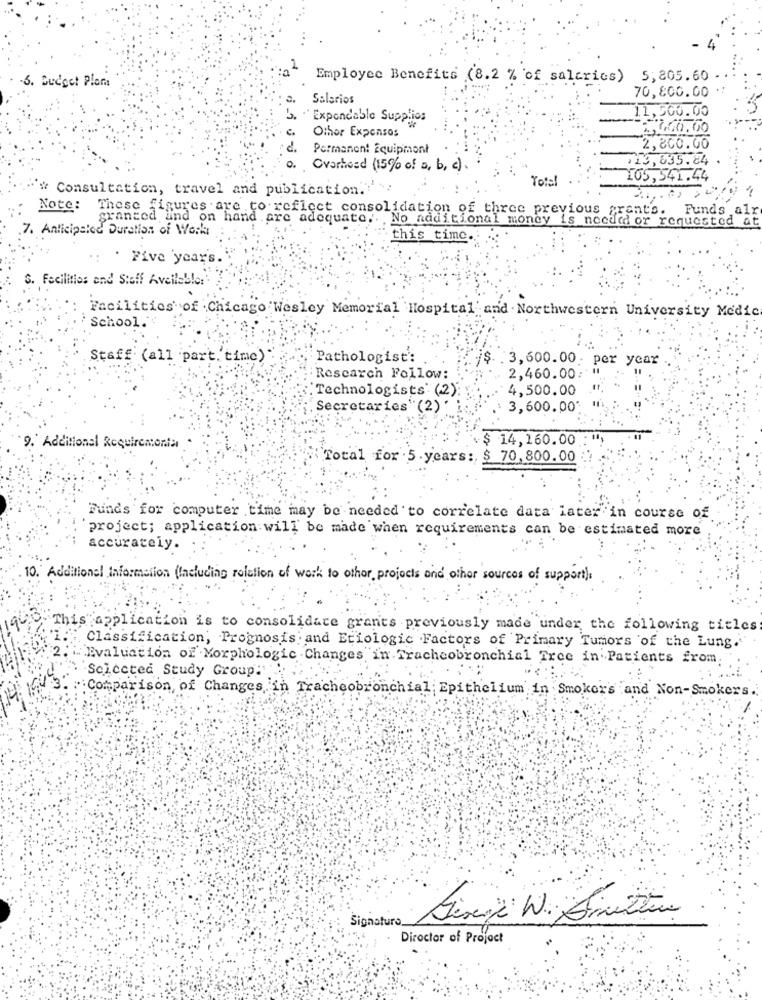
-5. Budget Plom
Employee Benefits (8.2 % of saltries) 5,805.60
70,800.00
Salarios
11,500.00
Expendable Supplies
Other Expenses
2,400.00
Permanent Equipment
2,800.00
0.
13,635.84
Overhead (15% of a, b, c).
Tote!
105,541.44
# Consultation, travel and publication.
Note: These figures are to reflect consolidation of three previous grants. Funds alr
granted and on hand are adequate .. No additional money is needed or requested at
7. Anticipated Duration of Work
this time.
. Five years.
S. Facilities and Stoff Available:"
Facilities of Chicago Wesley Memorial Hospital and Northwestern University Medic
School.
Staff (all part.'time)
Pathologist':
3,600.00. per year .
Research Fellow:
2,460.00:"
"Technologists' (2)
4,500.00
Secretaries"(2)'
3,600.00
.$ 14,160.00
9. Additional Requirementa
Total for . 5.years :, $ 70,800.00
Funds for computer time may be needed to correlate data later in course of
project; application will be made when requirements can be estimated more
accurately.
10. Additional information (Including relation of work to other projects and other sources of support),
1900
This application is to consolidate grants previously made under the following titles
Classification, Prognosis and Etiologic Factors of Primary Tumors of the Lung.
Evaluation of Morphologie Changes in Tracheobronchial Tree in Patients from.
Sciccted Study Group:'
Comparison of Changes in Tracheobronchial Epithelium in Smokers and Non-Smokers.
Signaturo.
Director of Project